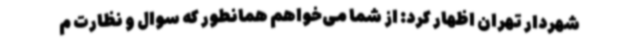
شهردار تهران اظهار کرد: از شما می‌خواهم همانطور که سوال و نظارت م